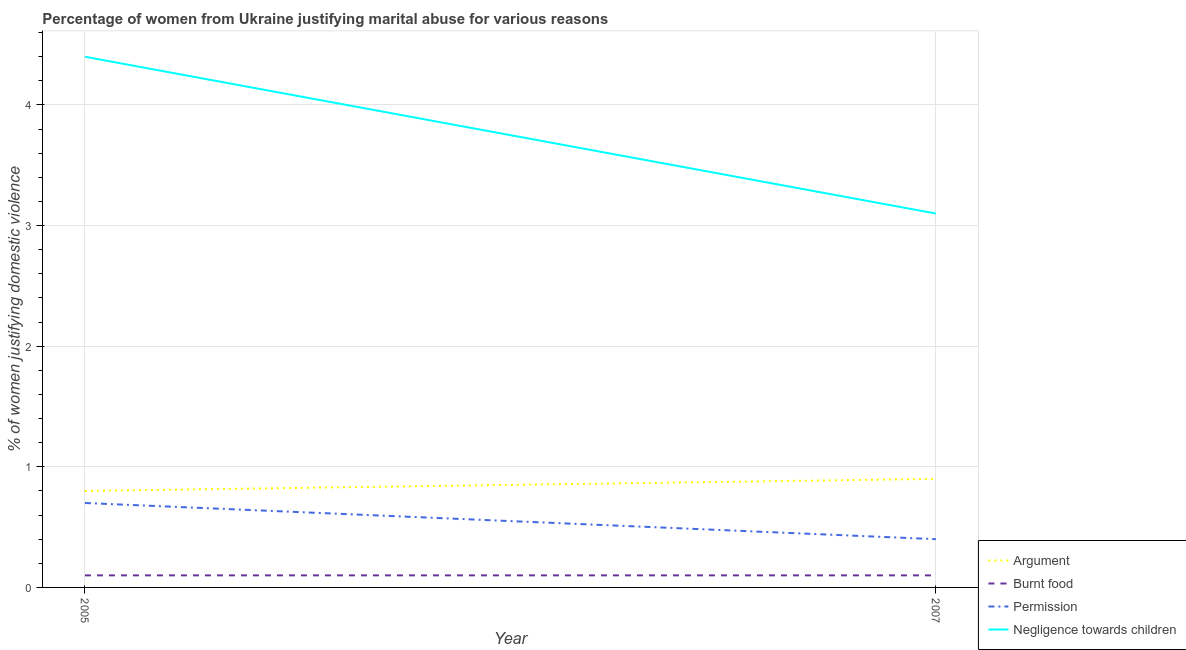
| Year | Argument | Burnt food | Permission | Negligence towards children |
 | --- | --- | --- | --- | --- |
 | 2005 | 0.8 | 0.1 | 0.7 | 4.4 |
 | 2007 | 0.9 | 0.1 | 0.4 | 3.1 |